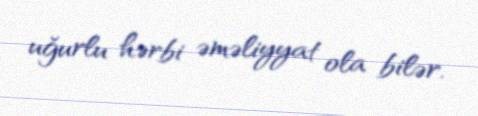
uğurlu hərbi əməliyyat ola bilər.